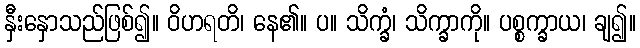
နှီးနှောသည်ဖြစ်၍။ ဝိဟရတိ၊ နေ၏။ ပ။ သိက္ခံ၊ သိက္ခာကို။ ပစ္စက္ခာယ၊ ချ၍။